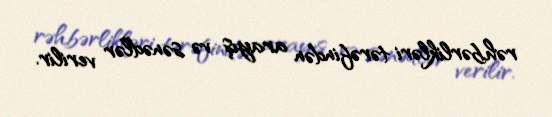
rəhbərlikləri tərəfindən arayış və sənədlər verilir.